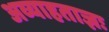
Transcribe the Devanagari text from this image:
अव्याहताज्ञः